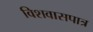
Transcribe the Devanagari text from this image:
विशवासपात्र